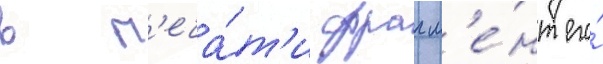
в п'еча́т'и фрагм'е́нт его́